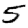
Digit: 5